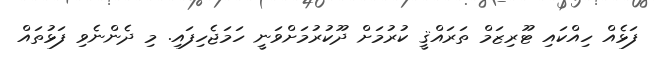
ފަޅެއް ހިއްކައި ޓޫރިޒަމް ތަރައްޤީ ކުރުމަށް ދޫކުރުމަށްވަނީ ހަމަޖެހިފައި. މި ދެންނެވި ފަޅުތައް